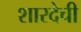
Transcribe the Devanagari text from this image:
शारदेची